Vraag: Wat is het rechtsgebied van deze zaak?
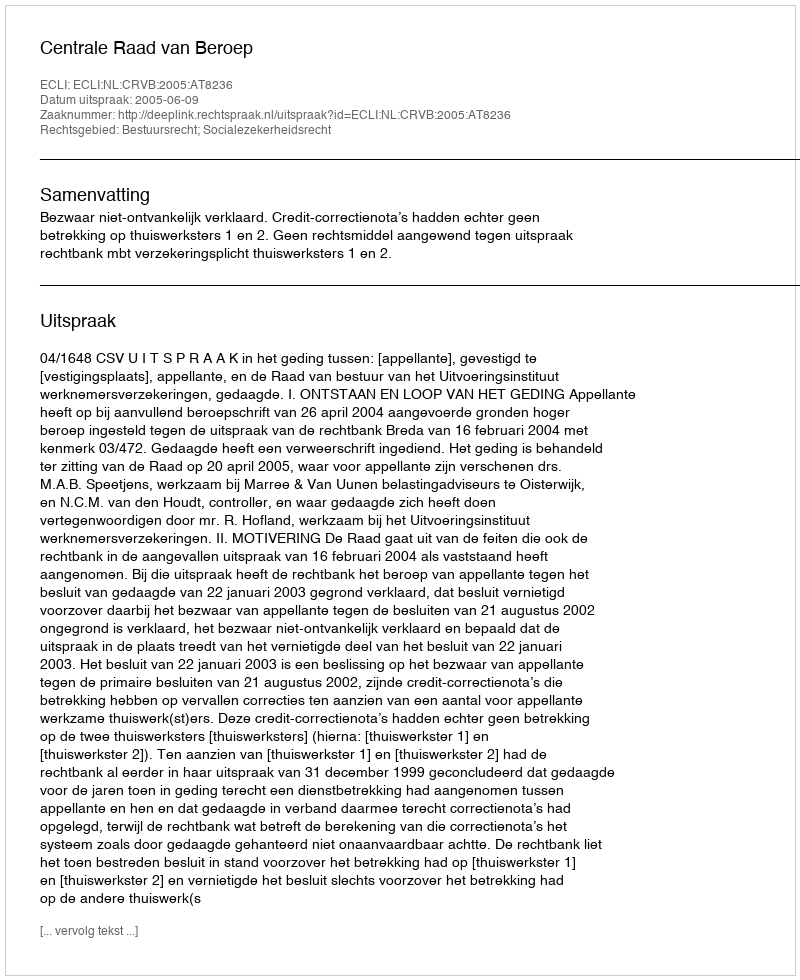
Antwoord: Bestuursrecht; Socialezekerheidsrecht